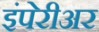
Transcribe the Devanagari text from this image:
इंपेरीअर